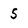
Character: 5